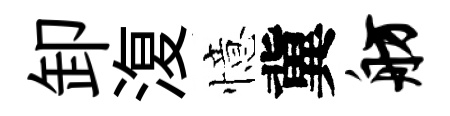
卸𣸪憶冀舫